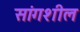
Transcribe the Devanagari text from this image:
सांगशील